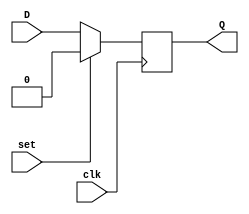
module  Dflipflop(input D, input clk, input set, output reg Q);

  always @(posedge clk) begin
    if (set)
      Q <= 1'b0;
    else
      Q <= D;
  end

endmodule